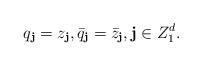
LaTeX: \begin{align*}q_\textbf{j}=z_\textbf{j},\bar q_\textbf{j}=\bar z_\textbf{j},\textbf{j} \in Z_1^d.\end{align*}